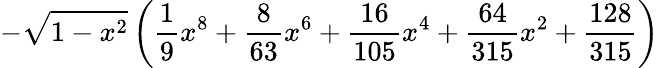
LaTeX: -\sqrt{1-x^{2}}\left(\frac{1}{9}x^{8}+\frac{8}{63}x^{6}+\frac{16}{105}x^{4}+\frac{64}{315}x^{2}+\frac{128}{315}\right)